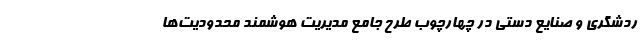
ردشگری و صنایع دستی در چهارچوب طرح جامع مدیریت هوشمندِ محدودیت‌ها